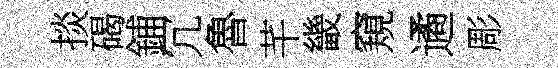
掞碣鋪冗魯芊畿窺遹彫